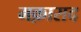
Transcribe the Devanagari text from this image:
मक़ासद